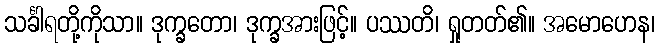
သင်္ခါရတို့ကိုသာ။ ဒုက္ခတော၊ ဒုက္ခအားဖြင့်။ ပဿတိ၊ ရှုတတ်၏။ အမောဟေန၊